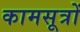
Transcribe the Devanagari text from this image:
कामसूत्रों